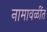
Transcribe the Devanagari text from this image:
नामावळींत